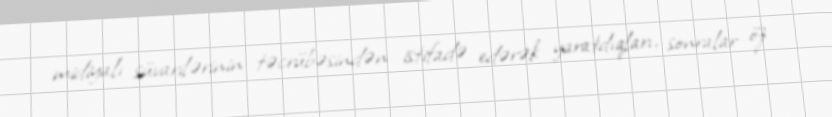
midiyalı süvarilərinin təcrübəsindən istifadə edərək yaratdıqları, sonralar öz